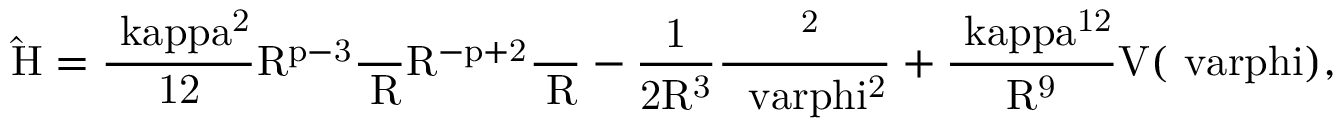
\mathrm { \hat { H } = \frac { \ k a p p a ^ { 2 } } { 1 2 } R ^ { p - 3 } \frac { \partial } { \partial R } R ^ { - p + 2 } \frac { \partial } { \partial R } - \frac { 1 } { 2 R ^ { 3 } } \frac { \partial ^ { 2 } } { \partial \ v a r p h i ^ { 2 } } + \frac { \ k a p p a ^ { 1 2 } } { R ^ { 9 } } V ( \ v a r p h i ) , }